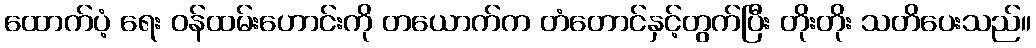
ထောက်ပံ့ ရေး ဝန်ထမ်းဟောင်းကို တယောက်က တံတောင်နှင့်တွက်ပြီး တိုးတိုး သတိပေးသည်။